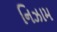
નિઝામ